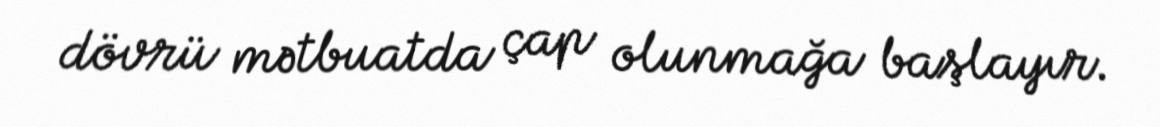
dövrü mətbuatda çap olunmağa başlayır.